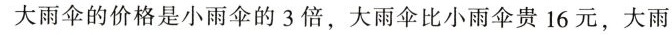
大雨伞的价格是小雨伞的3倍，大雨伞比小雨伞贵16元，大雨